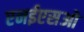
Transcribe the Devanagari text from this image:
एनईएसओ